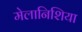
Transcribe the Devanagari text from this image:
मेलानिशिया